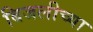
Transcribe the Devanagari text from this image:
बिजलीच्या